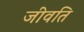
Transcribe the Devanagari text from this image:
जीवति